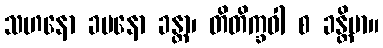
သဟနော ခမနော ခန္တာ၊ တိတိက္ခဝါ စ ခန္တိမာ။